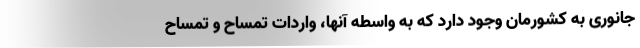
جانوری به کشورمان وجود دارد که به واسطه آنها، واردات تمساح و تمساح